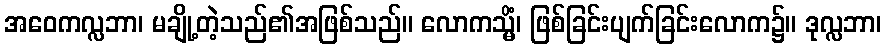
အဝေကလ္လဘာ၊ မချို့တဲ့သည်၏အဖြစ်သည်။ လောကသ္မိံ၊ ဖြစ်ခြင်းပျက်ခြင်းလောက၌။ ဒုလ္လဘာ၊